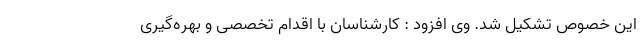
این خصوص تشکیل شد. وی افزود : کارشناسان با اقدام تخصصی و بهره‌گیری